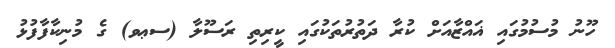
ހޫނު މުސުމުގައި ޣައްޒާއަށް ކުރާ ދަތުރުތަކުގައި ކީރިތި ރަސޫލާ (ސޢވ) ގެ މުނިކާފާފުޅު